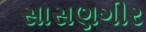
સાસણગીર